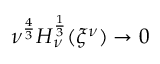
\nu ^ { \frac 4 3 } H _ { \nu } ^ { \frac 1 3 } ( { \xi ^ { \nu } } ) \to 0